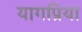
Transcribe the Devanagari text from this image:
यागप्रिया